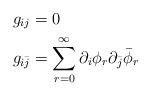
LaTeX: \begin{align*}g_{ij} &=0 \\g_{i\bar{j}} &=\sum_{r=0}^{\infty }\partial _{i}\phi _{r}\partial _{\bar{j}}\bar{\phi}_{r}\end{align*}